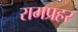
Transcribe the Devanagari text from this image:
रामप्रहर